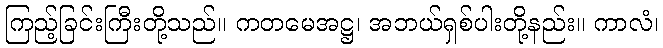
ကြည့်ခြင်းကြီးတို့သည်။ ကတမေအဋ္ဌ၊ အဘယ်ရှစ်ပါးတို့နည်း။ ကာလံ၊